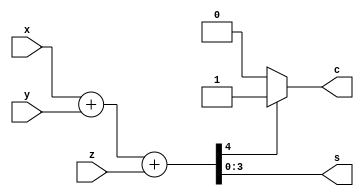
module fulladder4bit(x,y,z,s,c);
    input [3:0] x,y;
    output reg [3:0] s;
    input z;
    output reg c;
    reg [4:0] temp;
    always@(*)
    begin
        temp = x + y + z;
        // $display("debug: temp=%b",temp);
        if(temp[4] == 1)
            c = 1;
        else c=0;
        s = temp[3:0];
        // $display("display: x=%b,y=%b,z=%b,s=%b,c=%b,temp=%b",x,y,z,s,c,temp);
    end
endmodule

// module testbench;
//     reg [3:0] x,y;
//     reg z;
//     wire [3:0] s;
//     wire c;
//     fulladder4bit fad(x,y,z,s,c);
//     initial
//     begin
//         $dumpfile("a.vcd");
//         $dumpvars;
//         $monitor($time," x = %b y = %b z = %b s = %b c = %b",x,y,z,s,c);
//     end
//     initial begin
//         #0
//         x = 13;
//         y = 12;
//         z = 1;

//         #3
//         x = 4;
//         y = 7;
//         z = 0;

//         #3
//         x = 5;
//         y = 1;
//         z = 1;
//         #3
//         x = 2;
//         y = 3;
//         z = 1;
//     end
// endmodule